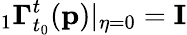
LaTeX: {}_{1}\mathbf{\Gamma}_{t_{0}}^{t}(\mathbf{p})\vert_{\eta=0}=\mathbf{I}